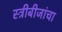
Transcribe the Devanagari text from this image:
स्त्रीबीजांचा